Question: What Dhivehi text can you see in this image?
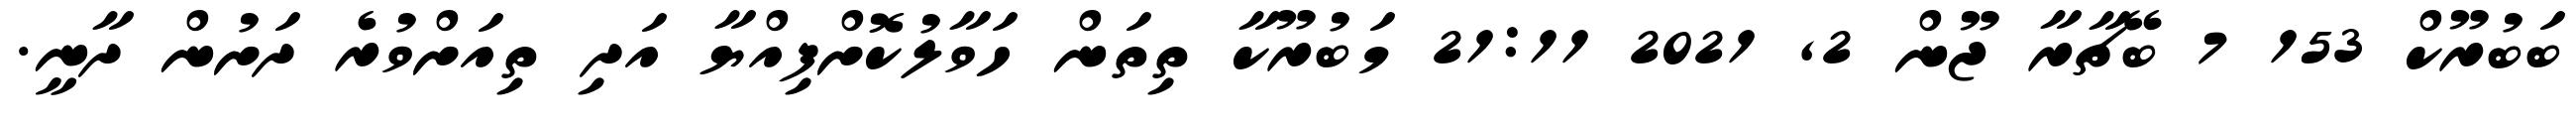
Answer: ބަބުރޫކް 153 7 ބޭޗާރާ ޖޫން 2, 2021 21:11 މަބުރޫކާ ތިތަން ހަވާލުކޮށްފިއްޔާ އަދި ތިއަށްވުރެ ދަށުން ދާނީ.